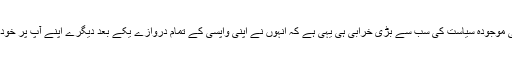
عمران خان کی موجودہ سیاست کی سب سے بڑی خرابی ہی یہی ہے کہ اُنہوں نے اپنی واپسی کے تمام دروازے یکے بعد دیگرے اپنے آپ پر خود بند کئے ہیں ۔